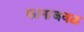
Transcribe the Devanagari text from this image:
कानाजवळ